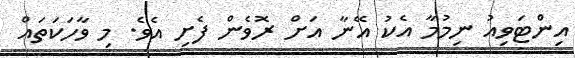
އިންޓަވިއު ނިމުމާ އެކު އޭނާ އަށް ރޮވެން ފެށި އެވެ. މި ވާހަކަތައް